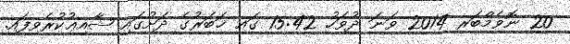
20 ނޮވެމްބަރ 2014 ވަނަ ދުވަހު 15:42 ގައި ޚަބަރުގެ ދަށުގައި ޝާއިޢުކުރެވިފައި.